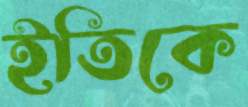
ইতিকে